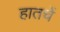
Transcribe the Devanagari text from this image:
हातचें